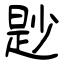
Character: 尟